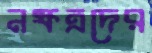
নক্ষত্রদের